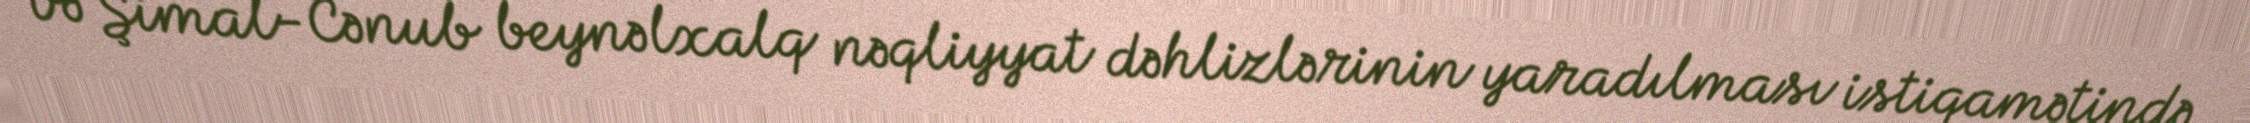
və Şimal-Cənub beynəlxalq nəqliyyat dəhlizlərinin yaradılması istiqamətində